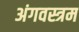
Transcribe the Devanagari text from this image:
अंगवस्त्रम